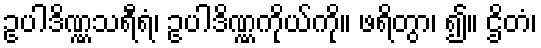
ဥပါဒိဏ္ဏသရီရံ၊ ဥပါဒိဏ္ဏကိုယ်ကို။ ဖရိတွာ၊ ၍။ ဌိတံ၊